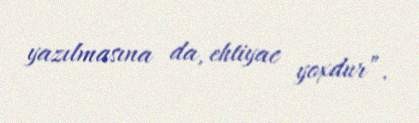
yazılmasına da, ehtiyac yoxdur”.